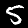
Label: 5